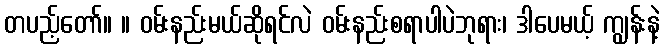
တပည့်တော်။ ။ ဝမ်းနည်းမယ်ဆိုရင်လဲ ဝမ်းနည်းစရာပါပဲဘုရား၊ ဒါပေမယ့် ကျွန်းနဲ့